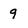
Character: q